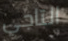
التاجي